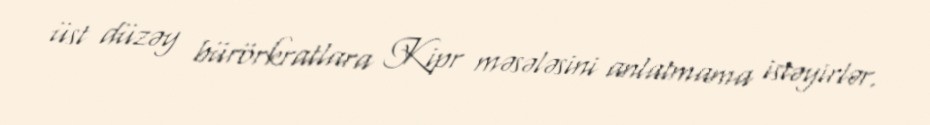
üst düzəy bürörkratlara Kipr məsələsini anlatmama istəyirlər.